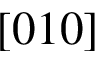
[ 0 1 0 ]